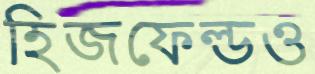
হিজফেল্ডও